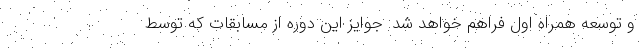
و توسعه همراه اول فراهم خواهد شد. جوایز این دوره از مسابقات که توسط